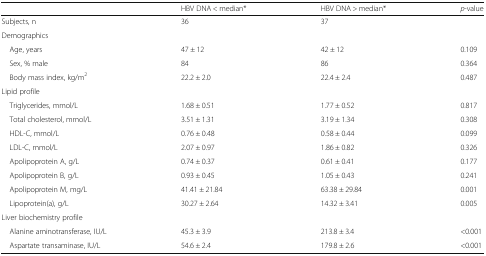
<table><thead><tr><td></td><td><b>HBV DNA &lt; median*</b></td><td><b>HBV DNA &gt; median*</b></td><td><b><i>p</i>-value</b></td></tr></thead><tbody><tr><td>Subjects, n</td><td>36</td><td>37</td><td></td></tr><tr><td colspan="4">Demographics</td></tr><tr><td> Age, years</td><td>47 ± 12</td><td>42 ± 12</td><td>0.109</td></tr><tr><td> Sex, % male</td><td>84</td><td>86</td><td>0.364</td></tr><tr><td> Body mass index, kg/m<sup>2</sup></td><td>22.2 ± 2.0</td><td>22.4 ± 2.4</td><td>0.487</td></tr><tr><td colspan="4">Lipid profile</td></tr><tr><td> Triglycerides, mmol/L</td><td>1.68 ± 0.51</td><td>1.77 ± 0.52</td><td>0.817</td></tr><tr><td> Total cholesterol, mmol/L</td><td>3.51 ± 1.31</td><td>3.19 ± 1.34</td><td>0.308</td></tr><tr><td> HDL-C, mmol/L</td><td>0.76 ± 0.48</td><td>0.58 ± 0.44</td><td>0.099</td></tr><tr><td> LDL-C, mmol/L</td><td>2.07 ± 0.97</td><td>1.86 ± 0.82</td><td>0.326</td></tr><tr><td> Apolipoprotein A, g/L</td><td>0.74 ± 0.37</td><td>0.61 ± 0.41</td><td>0.177</td></tr><tr><td> Apolipoprotein B, g/L</td><td>0.93 ± 0.45</td><td>1.05 ± 0.43</td><td>0.241</td></tr><tr><td> Apolipoprotein M, mg/L</td><td>41.41 ± 21.84</td><td>63.38 ± 29.84</td><td>0.001</td></tr><tr><td> Lipoprotein(a), g/L</td><td>30.27 ± 2.64</td><td>14.32 ± 3.41</td><td>0.005</td></tr><tr><td colspan="4">Liver biochemistry profile</td></tr><tr><td> Alanine aminotransferase, IU/L</td><td>45.3 ± 3.9</td><td>213.8 ± 3.4</td><td>&lt;0.001</td></tr><tr><td> Aspartate transaminase, IU/L</td><td>54.6 ± 2.4</td><td>179.8 ± 2.6</td><td>&lt;0.001</td></tr></tbody></table>